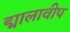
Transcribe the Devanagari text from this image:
द्मालावीप